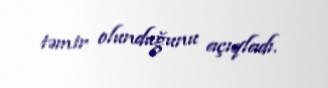
təmir olunduğunu açıqladı.